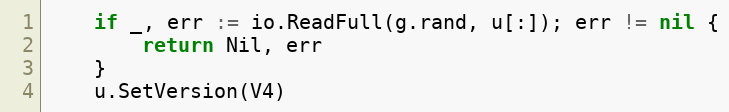
Language: Go
	if _, err := io.ReadFull(g.rand, u[:]); err != nil {
		return Nil, err
	}
	u.SetVersion(V4)